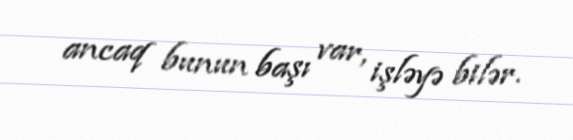
ancaq bunun başı var, işləyə bilər.